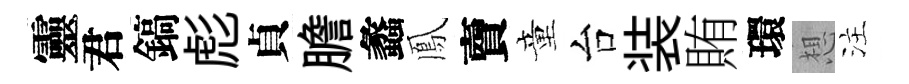
靈君鎬彪貞膽蠡鳳𧶠童台装賄環想注